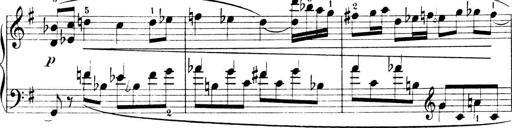
Title: 4 Sonatines
Composer: Max Reger